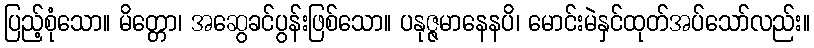
ပြည့်စုံသော။ မိတ္တော၊ အဆွေခင်ပွန်းဖြစ်သော။ ပနုဇ္ဇမာနေနပိ၊ မောင်းမဲနှင်ထုတ်အပ်သော်လည်း။